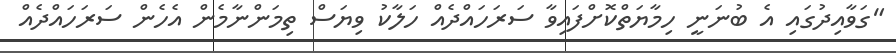
"ގަވާއިދުގައި އެ ބުނަނީ ހިމާޔަތްކޮށްފައިވާ ސަރަހައްދެއް ހަލާކު ވިޔަސް ތިމަންނާމެން އެހެން ސަރަހައްދެއް